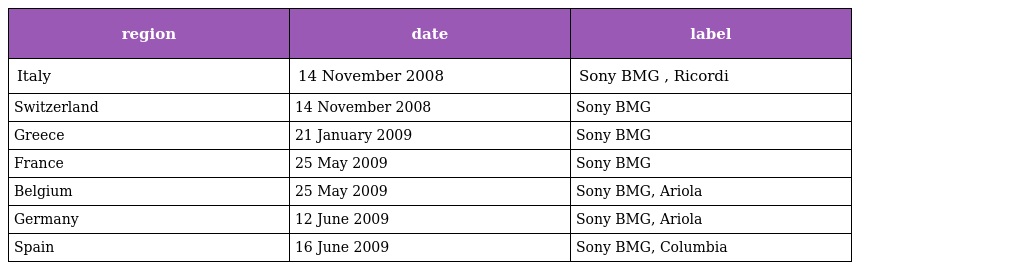
| region | date | label |
 | --- | --- | --- |
 | Italy | 14 November 2008 | Sony BMG , Ricordi |
 | Switzerland | 14 November 2008 | Sony BMG |
 | Greece | 21 January 2009 | Sony BMG |
 | France | 25 May 2009 | Sony BMG |
 | Belgium | 25 May 2009 | Sony BMG, Ariola |
 | Germany | 12 June 2009 | Sony BMG, Ariola |
 | Spain | 16 June 2009 | Sony BMG, Columbia |